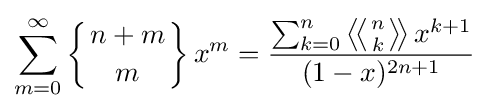
\sum _{m=0}^{\infty }\left\{{n+m \atop m}\right\}x^{m}={\frac {\sum _{k=0}^{n}\left\langle \!\left\langle {n \atop k}\right\rangle \!\right\rangle x^{k+1}}{(1-x)^{2n+1}}}